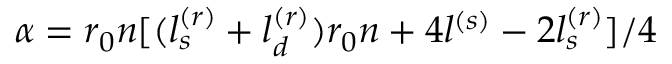
\alpha = r _ { 0 } n [ ( l _ { s } ^ { ( r ) } + l _ { d } ^ { ( r ) } ) r _ { 0 } n + 4 l ^ { ( s ) } - 2 l _ { s } ^ { ( r ) } ] / 4